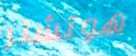
هوتشنر